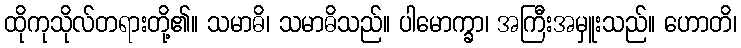
ထိုကုသိုလ်တရားတို့၏။ သမာဓိ၊ သမာဓိသည်။ ပါမောက္ခာ၊ အကြီးအမှူးသည်။ ဟောတိ၊